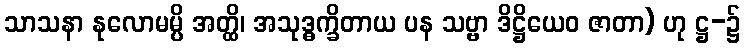
သာသနာ နုလောမမ္ပိ အတ္ထိ၊ အသုဒ္ဓက္ခိတာယ ပန သဗ္ဗာ ဒိဋ္ဌိယေဝ ဇာတာ) ဟု ဋ္ဌ-၌